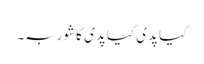
کیا پدی کیا پدی کا شوربہ۔